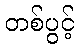
တစ်ပွင့်